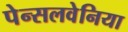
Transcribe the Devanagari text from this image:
पेन्सलवेनिया